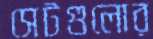
সেটগুলোর